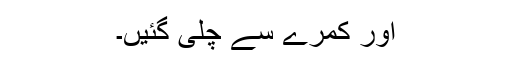
اور کمرے سے چلی گئیں۔